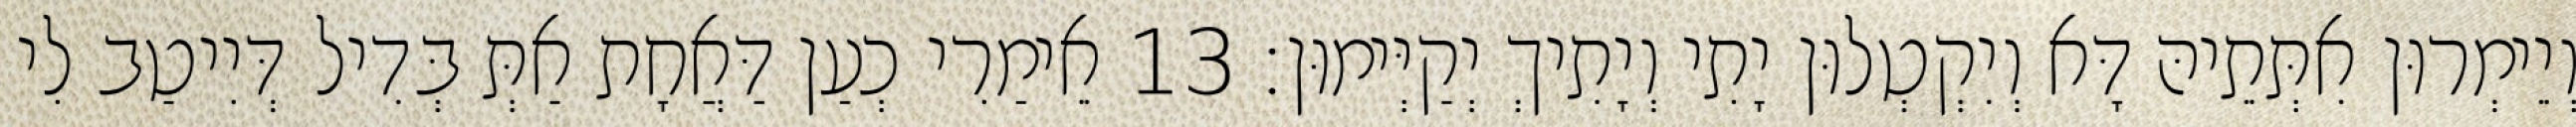
וְיֵימְרוּן אִתְּתֵיהּ דָּא וְיִקְטְלוּן יָתִי וְיָתִיךְ יְקַיְּימוּן׃ 13 אֵימַרִי כְעַן דַּאֲחָת אַתְּ בְּדִיל דְּיִיטַב לִי